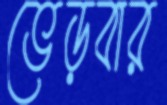
ভেড়বার